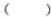
( )